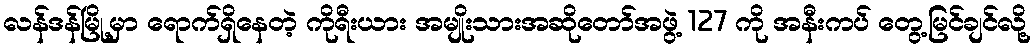
လန်ဒန်မြို့မှာ ရောက်ရှိနေတဲ့ ကိုရီးယား အမျိုးသားအဆိုတော်အဖွဲ့ 127 ကို အနီးကပ် တွေ့မြင်ချင်လို့